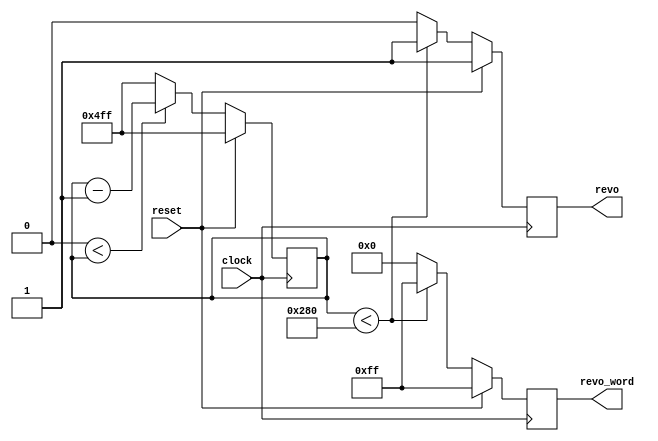
// This program was cloned from: https://github.com/mzandrew/hdl
// License: GNU General Public License v3.0

`timescale 1ns / 1ps
// written 2019-09-12 by mza
// based on mza_test031
// last updated 2020-01-10 by mza

module superkekb (
	input clock,
	input reset,
	output revo,
	output reg [7:0] revo_word
);
	reg reg_revo = 1;
	parameter number_of_quad_bunches_minus_one = 1280 - 1;
	parameter number_of_quad_bunches_over_two = 1280>>1;
	reg [10:0] quad_bunch_counter = number_of_quad_bunches_minus_one;
	always @(posedge clock) begin
		if (reset) begin
			quad_bunch_counter <= number_of_quad_bunches_minus_one;
			revo_word <= 8'b11111111;
			reg_revo <= 1;
		end else begin
			if (0<quad_bunch_counter) begin
				quad_bunch_counter <= quad_bunch_counter - 1'b1;
			end else begin
				quad_bunch_counter <= number_of_quad_bunches_minus_one;
			end
			if (quad_bunch_counter<number_of_quad_bunches_over_two) begin
				revo_word <= 8'b11111111;
				reg_revo <= 1;
			end else begin
				revo_word <= 8'b00000000;
				reg_revo <= 0;
			end
		end
	end
	assign revo = reg_revo;
endmodule